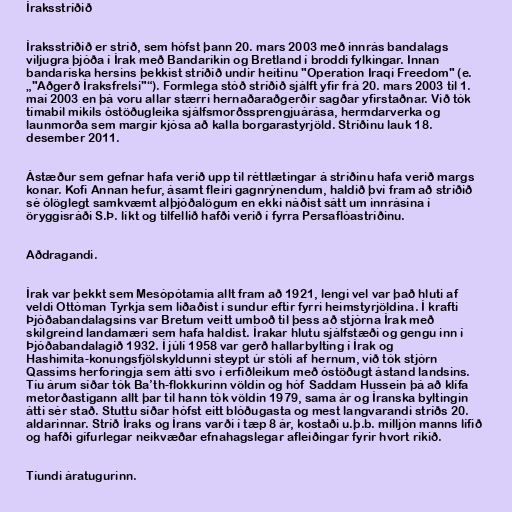
Íraksstríðið

Íraksstríðið er stríð, sem hófst þann 20. mars 2003 með innrás bandalags
viljugra þjóða í Írak með Bandaríkin og Bretland í broddi fylkingar. Innan
bandaríska hersins þekkist stríðið undir heitinu "Operation Iraqi Freedom" (e.
„"Aðgerð Íraksfrelsi"“). Formlega stóð stríðið sjálft yfir frá 20. mars 2003 til 1.
maí 2003 en þá voru allar stærri hernaðaraðgerðir sagðar yfirstaðnar. Við tók
tímabil mikils óstöðugleika sjálfsmorðssprengjuárása, hermdarverka og
launmorða sem margir kjósa að kalla borgarastyrjöld. Stríðinu lauk 18.
desember 2011.

Ástæður sem gefnar hafa verið upp til réttlætingar á stríðinu hafa verið margs
konar. Kofi Annan hefur, ásamt fleiri gagnrýnendum, haldið því fram að stríðið
sé ólöglegt samkvæmt alþjóðalögum en ekki náðist sátt um innrásina í
öryggisráði S.Þ. líkt og tilfellið hafði verið í fyrra Persaflóastríðinu.

Aðdragandi.

Írak var þekkt sem Mesópótamía allt fram að 1921, lengi vel var það hluti af
veldi Ottóman Tyrkja sem liðaðist í sundur eftir fyrri heimstyrjöldina. Í krafti
Þjóðabandalagsins var Bretum veitt umboð til þess að stjórna Írak með
skilgreind landamæri sem hafa haldist. Írakar hlutu sjálfstæði og gengu inn í
Þjóðabandalagið 1932. Í júlí 1958 var gerð hallarbylting í Írak og
Hashimita-konungsfjölskyldunni steypt úr stóli af hernum, við tók stjórn
Qassims herforingja sem átti svo í erfiðleikum með óstöðugt ástand landsins.
Tíu árum síðar tók Ba’th-flokkurinn völdin og hóf Saddam Hussein þá að klífa
metorðastigann allt þar til hann tók völdin 1979, sama ár og Íranska byltingin
átti sér stað. Stuttu síðar hófst eitt blóðugasta og mest langvarandi stríðs 20.
aldarinnar. Stríð Íraks og Írans varði í tæp 8 ár, kostaði u.þ.b. milljón manns lífið
og hafði gífurlegar neikvæðar efnahagslegar afleiðingar fyrir hvort ríkið.

Tíundi áratugurinn.